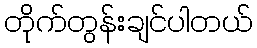
တိုက်တွန်းချင်ပါတယ်